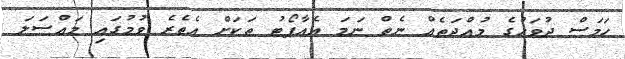
ހަމަސް ދުވަހުގެ މުއްދަތެއް ނެތް ނަމަ އެއާޕޯޓު ތަކަށް އެތެރެ ވުމުގައި މައްސަލަ